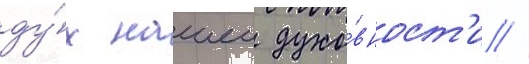
ду́х нашеи духо́вност'и //